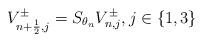
LaTeX: \begin{align*}V^{\pm}_{n+\frac 12,j}=S_{\theta_n}V^{\pm}_{n,j}, j\in\{1, 3\}\end{align*}